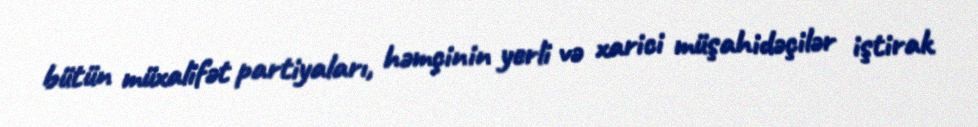
bütün müxalifət partiyaları, həmçinin yerli və xarici müşahidəçilər iştirak